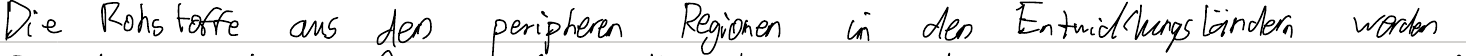
Die Rohstoffe aus den peripheren Regionen in den Entwicklungsländern werden